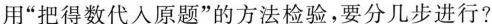
用”把得数代入原题”的方法检验，要分几步进行?